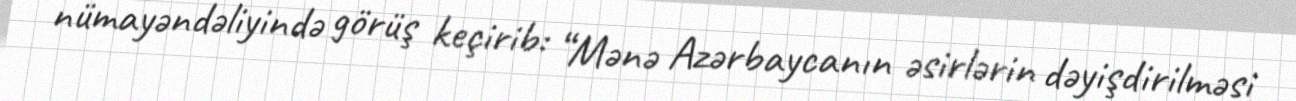
nümayəndəliyində görüş keçirib: “Mənə Azərbaycanın əsirlərin dəyişdirilməsi